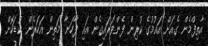
އާތިފްމެން ގެއަށް އައުމުގެ ކުރިން ފެންވަރައިގެން އައި ފާހަނާ މަތިން އަހަރެން ކުޑަކޮށް